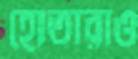
হোতারাও